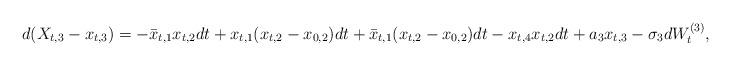
LaTeX: \begin{align*}d(X_{t,3} - x_{t,3}) = -\bar{x}_{t,1}x_{t,2}dt + x_{t,1}(x_{t,2} - x_{0,2})dt + \bar{x}_{t,1}(x_{t,2} - x_{0,2})dt - x_{t,4}x_{t,2}dt + a_3 x_{t,3} - \sigma_3 dW_t^{(3)},\end{align*}